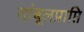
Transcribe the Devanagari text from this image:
तांबूलप्राप्ति